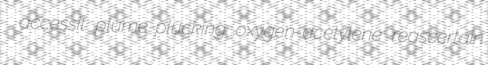
accessit plume-plucking oxygen-acetylene reascertain